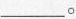
___。